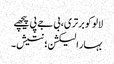
لالو کو برتری، بی جے پی پیچھے
بہار الیکشن؛ نتیش۔